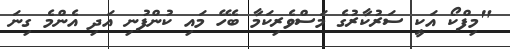
"މިފްކޯ އަކީ ސަރުކާރުގެ މަސްވެރިކަމާ ބެހޭ މައި ކުންފުނި އަދި އެންމެ ގިނަ